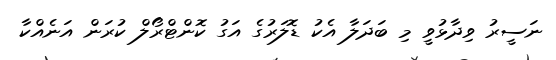
ނަސީރު ވިދާޅުވީ މި ބަދަލާ އެކު ޑޮލަރުގެ އަގު ކޮންޓްރޯލް ކުރަން އަނެއްކާ